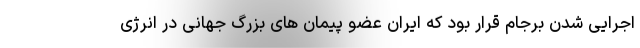
اجرایی شدن برجام قرار بود که ایران عضو پیمان های بزرگ جهانی در انرژی